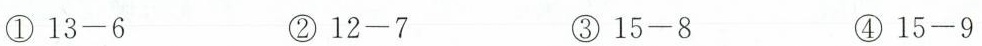
①$$1 3 - 6$$ ②$$1 2 - 7$$ ③$$1 5 - 8$$ ④$$1 5- 9$$